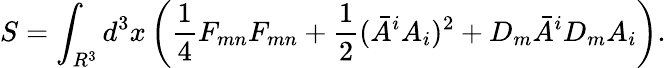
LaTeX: S=\int_{R^{3}}d^{3}x\left(\frac{1}{4}F_{mn}F_{mn}+\frac{1}{2}({\bar{A}}^{i}A_{i})^{2}+D_{m}{\bar{A}}^{i}D_{m}A_{i}\right).